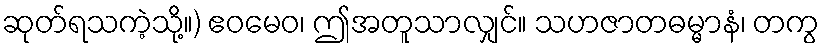
ဆုတ်ရသကဲ့သို့။) ဧဝမေဝ၊ ဤအတူသာလျှင်။ သဟဇာတဓမ္မာနံ၊ တကွ